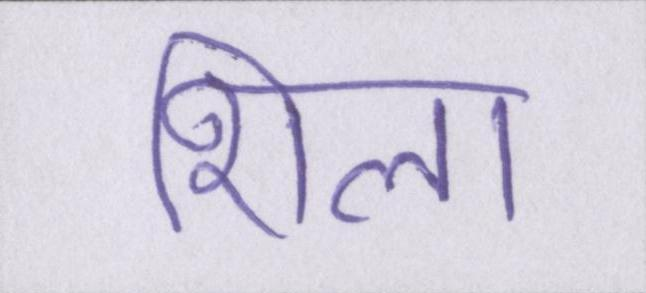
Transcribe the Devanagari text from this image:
शिला